Annual report of the Imperial Bacteriological Laboratory, Muktesar
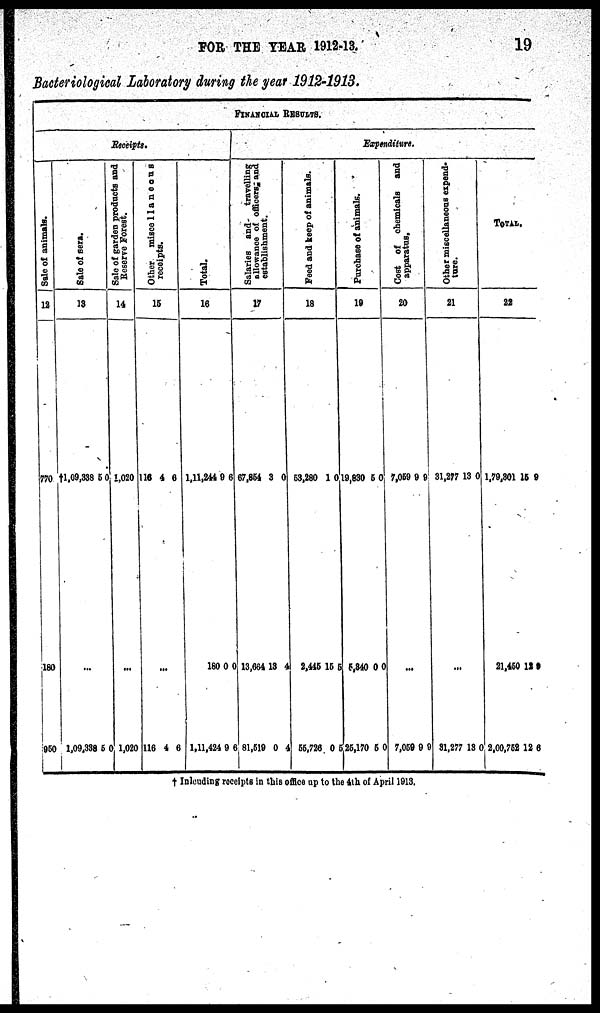
FOR THE YEAR 1912-13.
19
Bacteriological Laboratory during the year 1912-1913.
FINANCIAL RESULTS.
Receipts.
Sale of animals.
12
770
180
950
Sal e of sera.
13
†1,09,338 5 0
...
1,09,338 5 0
Sale of garden products and
Reserve Forest.
14
1,020
...
1,020
Other miscellaneous
receipts.
15
116 4 6
...
116 4 6
Total.
16
1,11,244 9 6
180 0 0
1,11,424 9 6
Expenditure.
Salaries and
travelling
allowance of officers and
establishment.
17
67,854 3 0
13,664 13 4
81,519 0 4
Feed and keep of animals.
18
53,280 1 0
2,445 15 5
55,726 0 5
Purchase of animals.
19
19,830 5 0
5,340 0 0
25,170 5 0
Cost of chemicals and
apparatus.
20
7,059 9 9
...
7,059 9 9
Other miscellaneous expend¬
ture.
21
31,277 13 0
...
31,277
13 0
TOTAL.
22
1,79,301 15 9
21,450 12 9
2,00,752 12 6
† Inlcuding receipts in this office up to the 4th of April 1913.